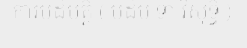
ការបដិបត្តិ ( បដិប ទា វិសុទ្ធិ )